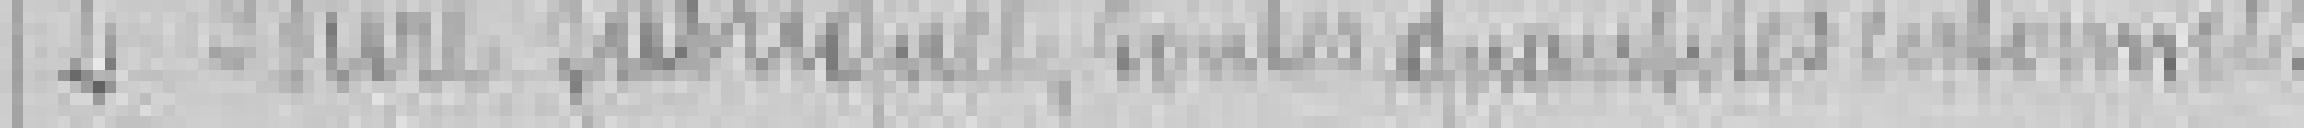
2. Bière fabriquée, toutes quantités confirmées